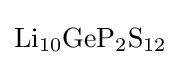
{\mathrm {Li} {\vphantom {A}}_{\smash[{t}]{10}}\mathrm {GeP} {\vphantom {A}}_{\smash[{t}]{2}}\mathrm {S} {\vphantom {A}}_{\smash[{t}]{12}}}